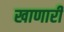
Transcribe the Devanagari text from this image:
खाणारी